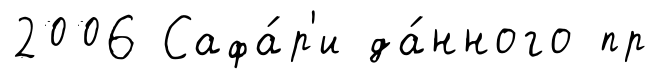
2006 Сафа́р'и да́нного пр